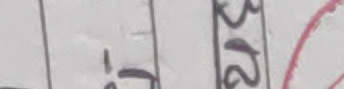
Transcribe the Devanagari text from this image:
१-ट्ट ३२